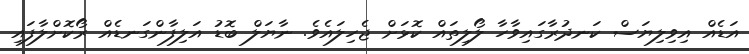
އަޑެއް އިވިލިޔަސް ކަނދުރާގައިވާހާ ލޯލިތައް ކޮޅަށް ޖެހިލައެވެ. ނާޔަލް ބޮޑު އަލިފާންގަނޑެއް ރޯކޮށްލާފައި